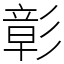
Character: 彰